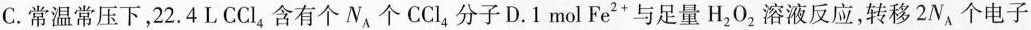
C.常温常压下，22.4L CCl_{4}含有个N_{A}个CCl_{4}分子 D.1mol Fe^{2+}与足量H2O2溶液反应，转移2N_{A}个电子